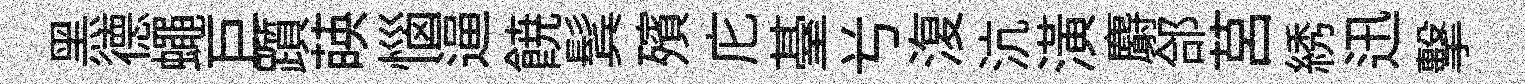
黑德蠅巨躓𦴤惱逼𩜙鬂殯庀䑓𠔃𣸪沆潢麝郃莒綉迅擊